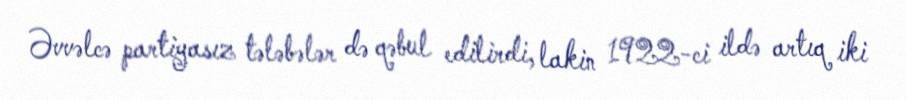
Əvvəlcə partiyasız tələbələr də qəbul edilirdi, lakin 1922-ci ildə artıq iki